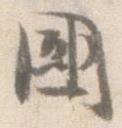
国